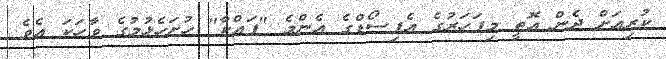
ކުރިއަށް ދެން އޮތީ މިފަހަރުގެ އެޕިސޯޑްގެ އެންމެ "ފައްކާ" ހުށަހެޅުމުގެ ވާހަކަ އެވެ.